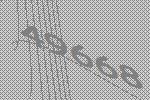
49668